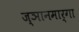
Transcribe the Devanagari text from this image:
ज्ञानमार्गा